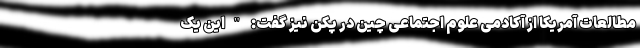
مطالعات آمریکا از آکادمی علوم اجتماعی چین در پکن نیز گفت: "این یک